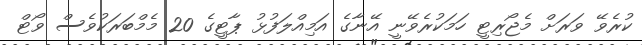
ކުރެވޭ ވަރަށް މެޖޯރިޓީ ހަމަކުރެވޭނީ އޭނާގެ އަމިއްލަފުޅު ޕާޓީގެ 20 މެމްބަރަކުވެސް ވޯޓް